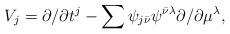
LaTeX: \begin{align*} V_j=\partial/\partial t^j-\sum\psi_{j\bar\nu}\psi^{\bar\nu\lambda} \partial/\partial \mu^\lambda,\end{align*}